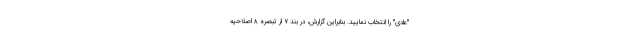
"عادی" را انتخاب نمایید. بنابراین گزارش، در بند ۷ از تبصره ۸ اصلاحیه